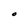
Character: O